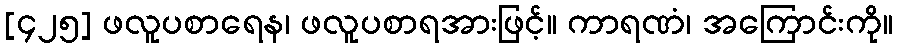
[၄၂၅] ဖလူပစာရေန၊ ဖလူပစာရအားဖြင့်။ ကာရဏံ၊ အကြောင်းကို။